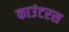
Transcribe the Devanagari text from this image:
काउंटरस